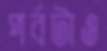
পর্বটাও